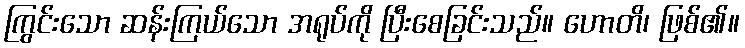
ကြွင်းသော ဆန်းကြယ်သော အရုပ်ကို ပြီးစေခြင်းသည်။ ဟောတိ၊ ဖြစ်၏။